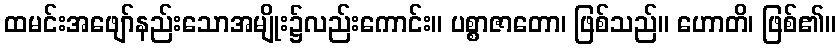
ထမင်းအဖျော်နည်းသောအမျိုး၌လည်းကောင်း။ ပစ္စာဇာတော၊ ဖြစ်သည်။ ဟောတိ၊ ဖြစ်၏။